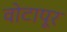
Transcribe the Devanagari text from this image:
वोटापूर